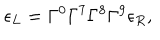
LaTeX: \epsilon _ { L } = \Gamma ^ { 0 } \Gamma ^ { 7 } \Gamma ^ { 8 } \Gamma ^ { 9 } \epsilon _ { R } ,